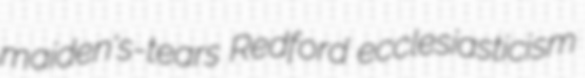
maiden's-tears Redford ecclesiasticism